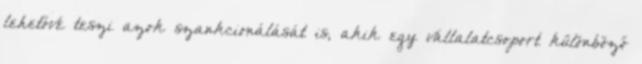
lehetővé teszi azok szankcionálását is, akik egy vállalatcsoport különböző